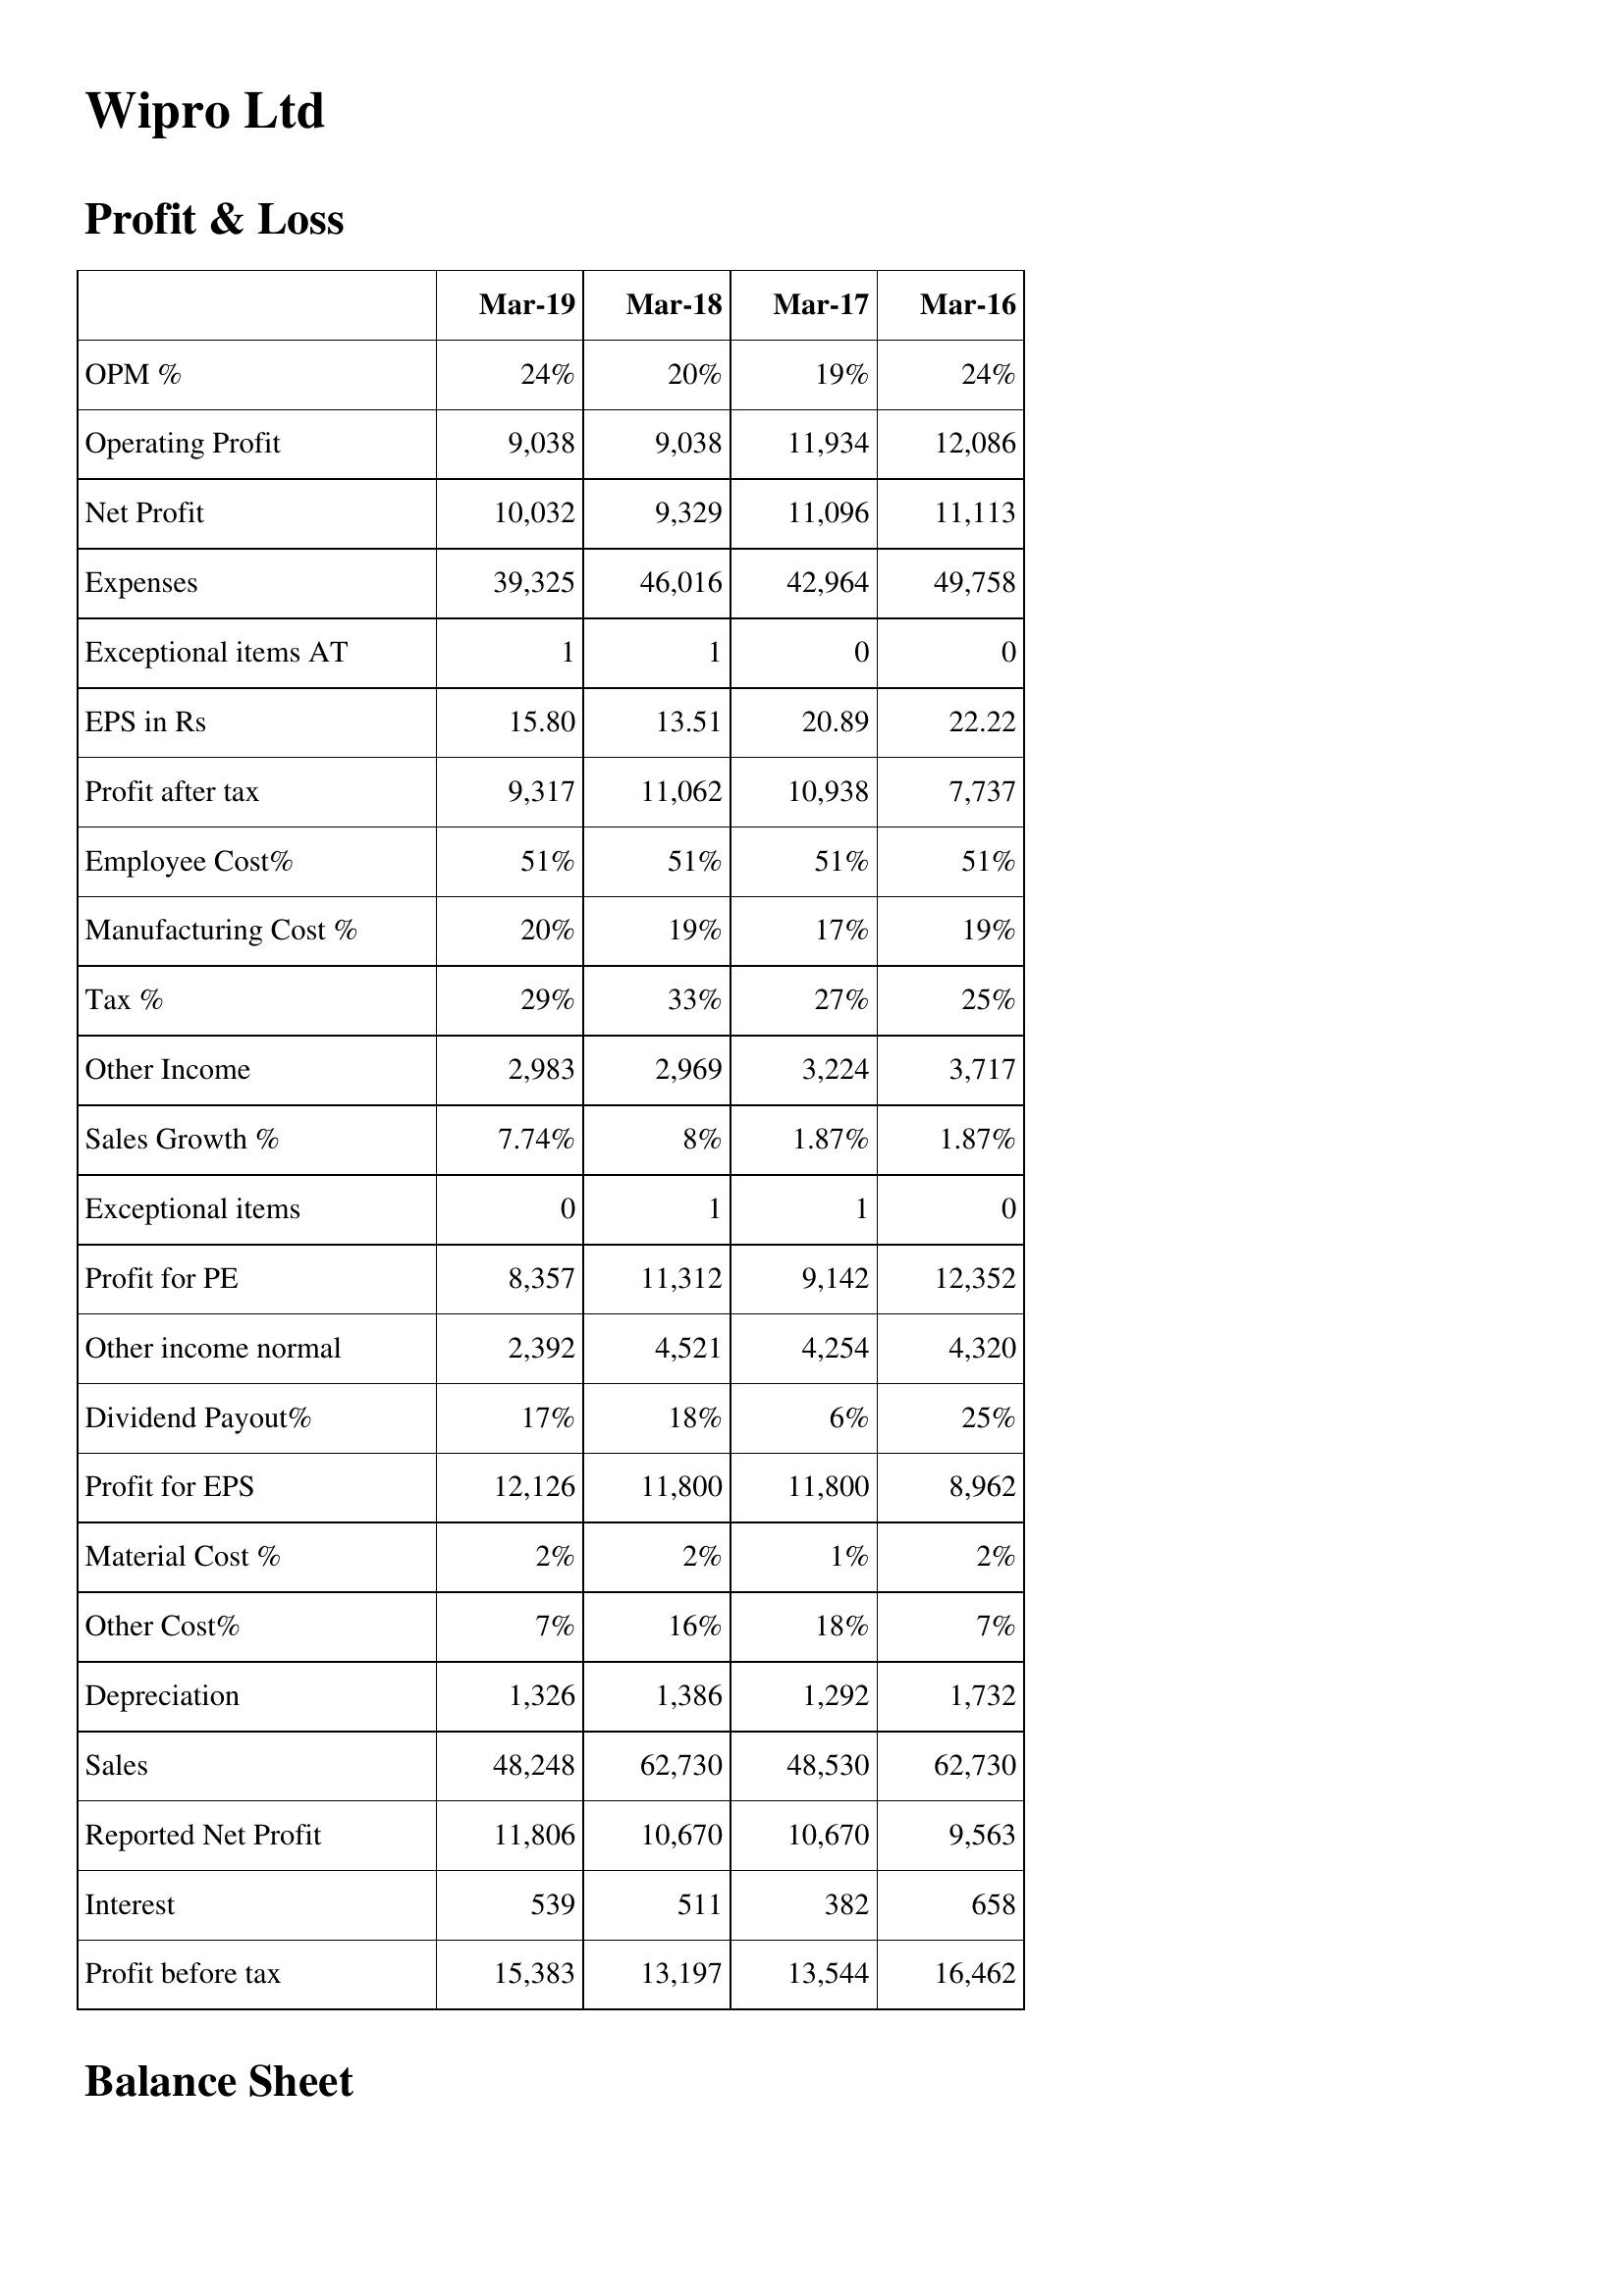
Mar-19: Profit & Loss: OPM %: 24%
Operating Profit: 9,038
Net Profit: 10,032
Expenses: 39,325
Exceptional items AT: 1
EPS in Rs: 15.80
Profit after tax: 9,317
Employee Cost%: 51%
Manufacturing Cost %: 20%
Tax %: 29%
Other Income: 2,983
Sales Growth %: 7.74%
Exceptional items: 0
Profit for PE: 8,357
Other income normal: 2,392
Dividend Payout%: 17%
Profit for EPS: 12,126
Material Cost %: 2%
Other Cost%: 7%
Depreciation: 1,326
Sales: 48,248
Reported Net Profit: 11,806
Interest: 539
Profit before tax: 15,383
Mar-18: Profit & Loss: OPM %: 20%
Operating Profit: 9,038
Net Profit: 9,329
Expenses: 46,016
Exceptional items AT: 1
EPS in Rs: 13.51
Profit after tax: 11,062
Employee Cost%: 51%
Manufacturing Cost %: 19%
Tax %: 33%
Other Income: 2,969
Sales Growth %: 8%
Exceptional items: 1
Profit for PE: 11,312
Other income normal: 4,521
Dividend Payout%: 18%
Profit for EPS: 11,800
Material Cost %: 2%
Other Cost%: 16%
Depreciation: 1,386
Sales: 62,730
Reported Net Profit: 10,670
Interest: 511
Profit before tax: 13,197
Mar-17: Profit & Loss: OPM %: 19%
Operating Profit: 11,934
Net Profit: 11,096
Expenses: 42,964
Exceptional items AT: 0
EPS in Rs: 20.89
Profit after tax: 10,938
Employee Cost%: 51%
Manufacturing Cost %: 17%
Tax %: 27%
Other Income: 3,224
Sales Growth %: 1.87%
Exceptional items: 1
Profit for PE: 9,142
Other income normal: 4,254
Dividend Payout%: 6%
Profit for EPS: 11,800
Material Cost %: 1%
Other Cost%: 18%
Depreciation: 1,292
Sales: 48,530
Reported Net Profit: 10,670
Interest: 382
Profit before tax: 13,544
Mar-16: Profit & Loss: OPM %: 24%
Operating Profit: 12,086
Net Profit: 11,113
Expenses: 49,758
Exceptional items AT: 0
EPS in Rs: 22.22
Profit after tax: 7,737
Employee Cost%: 51%
Manufacturing Cost %: 19%
Tax %: 25%
Other Income: 3,717
Sales Growth %: 1.87%
Exceptional items: 0
Profit for PE: 12,352
Other income normal: 4,320
Dividend Payout%: 25%
Profit for EPS: 8,962
Material Cost %: 2%
Other Cost%: 7%
Depreciation: 1,732
Sales: 62,730
Reported Net Profit: 9,563
Interest: 658
Profit before tax: 16,462